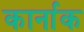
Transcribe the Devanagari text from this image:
कार्नाक